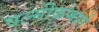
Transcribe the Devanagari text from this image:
वल्मीकमार्ग